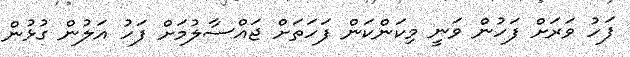
ފަހު ވަރަށް ފަހުން ވަނީ މިކަންކަން ފަހަތަށް ޖައްސާލުމަށް ފަހު އަލުން ގުޅުން